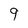
Character: 9